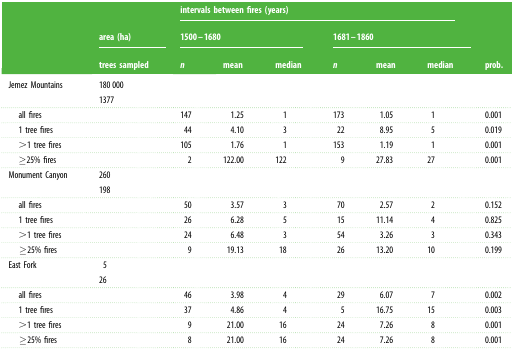
<table><thead><tr><td rowspan="3"></td><td></td><td colspan="6"><b>intervals between fires (years)</b></td><td rowspan="2"></td></tr><tr><td><b>area (ha)</b></td><td colspan="3"><b>1500–1680</b></td><td colspan="3"><b>1681–1860</b></td></tr><tr><td><b>trees sampled</b></td><td><b><i>n</i></b></td><td><b>mean</b></td><td><b>median</b></td><td><b><i>n</i></b></td><td><b>mean</b></td><td><b>median</b></td><td><b>prob.</b></td></tr></thead><tbody><tr><td>Jemez Mountains</td><td>180 0001377</td><td></td><td></td><td></td><td></td><td></td><td></td><td></td></tr><tr><td> all fires</td><td></td><td>147</td><td>1.25</td><td>1</td><td>173</td><td>1.05</td><td>1</td><td>0.001</td></tr><tr><td> 1 tree fires</td><td></td><td>44</td><td>4.10</td><td>3</td><td>22</td><td>8.95</td><td>5</td><td>0.019</td></tr><tr><td> &gt;1 tree fires</td><td></td><td>105</td><td>1.76</td><td>1</td><td>153</td><td>1.19</td><td>1</td><td>0.001</td></tr><tr><td> ≥25% fires</td><td></td><td>2</td><td>122.00</td><td>122</td><td>9</td><td>27.83</td><td>27</td><td>0.001</td></tr><tr><td>Monument Canyon</td><td>260198</td><td></td><td></td><td></td><td></td><td></td><td></td><td></td></tr><tr><td> all fires</td><td></td><td>50</td><td>3.57</td><td>3</td><td>70</td><td>2.57</td><td>2</td><td>0.152</td></tr><tr><td> 1 tree fires</td><td></td><td>26</td><td>6.28</td><td>5</td><td>15</td><td>11.14</td><td>4</td><td>0.825</td></tr><tr><td> &gt;1 tree fires</td><td></td><td>24</td><td>6.48</td><td>3</td><td>54</td><td>3.26</td><td>3</td><td>0.343</td></tr><tr><td> ≥25% fires</td><td></td><td>9</td><td>19.13</td><td>18</td><td>26</td><td>13.20</td><td>10</td><td>0.199</td></tr><tr><td>East Fork</td><td>526</td><td></td><td></td><td></td><td></td><td></td><td></td><td></td></tr><tr><td> all fires</td><td></td><td>46</td><td>3.98</td><td>4</td><td>29</td><td>6.07</td><td>7</td><td>0.002</td></tr><tr><td> 1 tree fires</td><td></td><td>37</td><td>4.86</td><td>4</td><td>5</td><td>16.75</td><td>15</td><td>0.003</td></tr><tr><td> &gt;1 tree fires</td><td></td><td>9</td><td>21.00</td><td>16</td><td>24</td><td>7.26</td><td>8</td><td>0.001</td></tr><tr><td> ≥25% fires</td><td></td><td>8</td><td>21.00</td><td>16</td><td>24</td><td>7.26</td><td>8</td><td>0.001</td></tr></tbody></table>